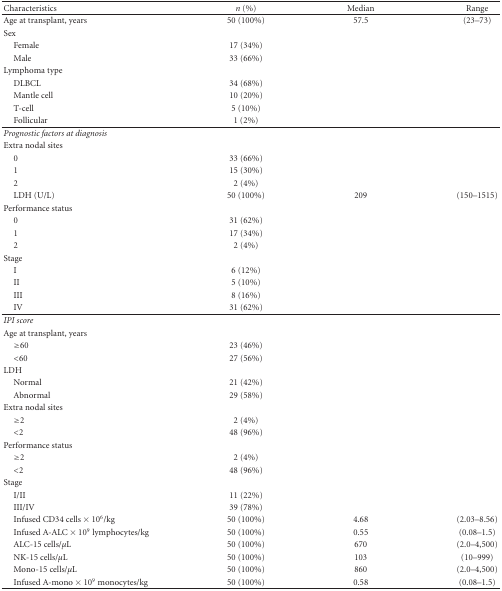
| Characteristics | n (%) | Median | Range |
 | --- | --- | --- | --- |
 | Age at transplant, years | 50 (100%) | 57.5 | (23–73) |
 | Sex |  |  |  |
 | Female | 17 (34%) |  |  |
 | Male | 33 (66%) |  |  |
 | Lymphoma type |  |  |  |
 | DLBCL | 34 (68%) |  |  |
 | Mantle cell | 10 (20%) |  |  |
 | T-cell | 5 (10%) |  |  |
 | Follicular | 1 (2%) |  |  |
 | Prognostic factors at diagnosis |  |  |  |
 | Extra nodal sites |  |  |  |
 | 0 | 33 (66%) |  |  |
 | 1 | 15 (30%) |  |  |
 | 2 | 2 (4%) |  |  |
 | LDH (U/L) | 50 (100%) | 209 | (150–1515) |
 | Performance status |  |  |  |
 | 0 | 31 (62%) |  |  |
 | 1 | 17 (34%) |  |  |
 | 2 | 2 (4%) |  |  |
 | Stage |  |  |  |
 | I | 6 (12%) |  |  |
 | II | 5 (10%) |  |  |
 | III | 8 (16%) |  |  |
 | IV | 31 (62%) |  |  |
 | IPI score |  |  |  |
 | Age at transplant, years |  |  |  |
 | ≥60 | 23 (46%) |  |  |
 | <60 | 27 (56%) |  |  |
 | LDH |  |  |  |
 | Normal | 21 (42%) |  |  |
 | Abnormal | 29 (58%) |  |  |
 | Extra nodal sites |  |  |  |
 | ≥2 | 2 (4%) |  |  |
 | <2 | 48 (96%) |  |  |
 | Performance status |  |  |  |
 | ≥2 | 2 (4%) |  |  |
 | <2 | 48 (96%) |  |  |
 | Stage |  |  |  |
 | I/II | 11 (22%) |  |  |
 | III/IV | 39 (78%) |  |  |
 | Infused CD34 cells × 106/kg | 50 (100%) | 4.68 | (2.03–8.56) |
 | Infused A-ALC × 109 lymphocytes/kg | 50 (100%) | 0.55 | (0.08–1.5) |
 | ALC-15 cells/μL | 50 (100%) | 670 | (2.0–4,500) |
 | NK-15 cells/μL | 50 (100%) | 103 | (10–999) |
 | Mono-15 cells/μL | 50 (100%) | 860 | (2.0–4,500) |
 | Infused A-mono × 109 monocytes/kg | 50 (100%) | 0.58 | (0.08–1.5) |